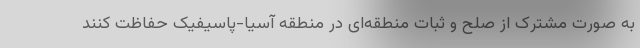
به صورت مشترک از صلح و ثبات منطقه‌ای در منطقه آسیا-پاسیفیک حفاظت کنند